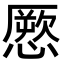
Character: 憠